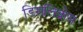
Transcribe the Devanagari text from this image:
डिसलिव्रोस